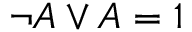
\neg A \lor A = 1